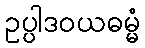
ဥပ္ပါဒဝယဓမ္မံ